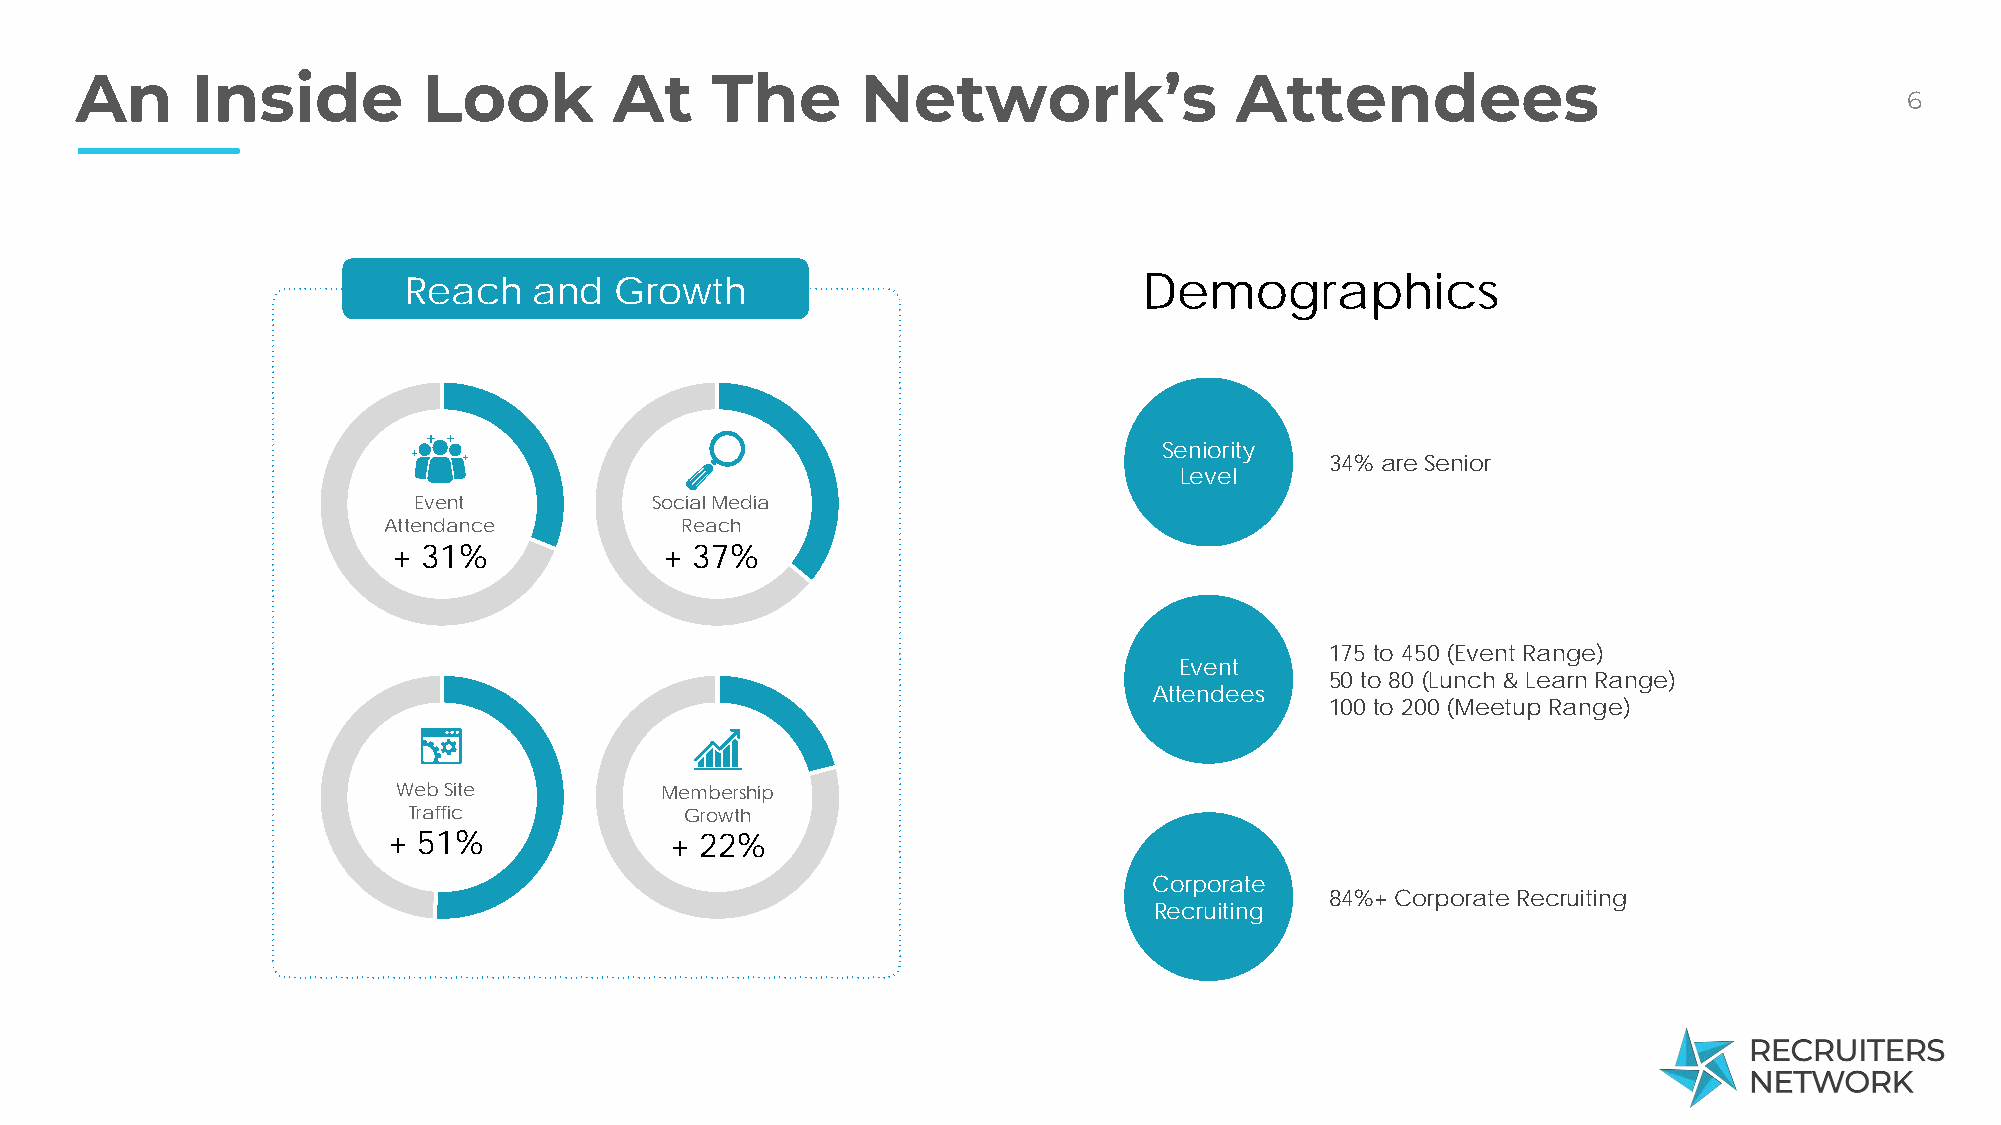
An      Inside         Look         At    The       Network’s                Attendees
 6
 Reach   and   Growth                             Demographics
 Seniority
 34% are Senior
 Level
 Event           Social Media
 Attendance          Reach
 + 31%             + 37%
 175 to 450 (Event Range)
 Event
 50 to 80 (Lunch & Learn Range)
 Attendees
 100 to 200 (Meetup Range)
 Web Site          Membership
 Traffic           Growth
 + 51%             + 22%
 Corporate
 84%+ Corporate Recruiting
 Recruiting